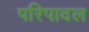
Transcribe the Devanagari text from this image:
परिपादल